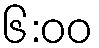
၆:၀၀